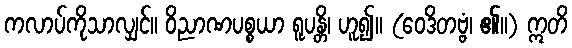
ကလာပ်ကိုသာလျှင်။ ဝိညာဏပစ္စယာ ရူပန္တိ၊ ဟူ၍။ (ဝေဒိတဗ္ဗံ၊ ၏။) ဣတိ